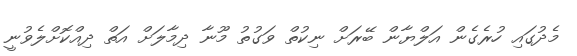
މެދުގައި ހުރެގެން އަލްޔާން ބޭރަށް ނިކުތް ވަގުތު މޫނާ ދިމާލަށް އަތް ދިއްކޮށްލެވުނީ